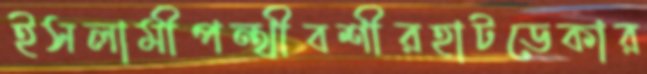
ইসলামীপন্থীবশীরহাটডেকার